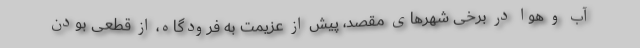
آب و هوا در برخی شهرهای مقصد، پیش از عزیمت به فرودگاه، از قطعی بودن